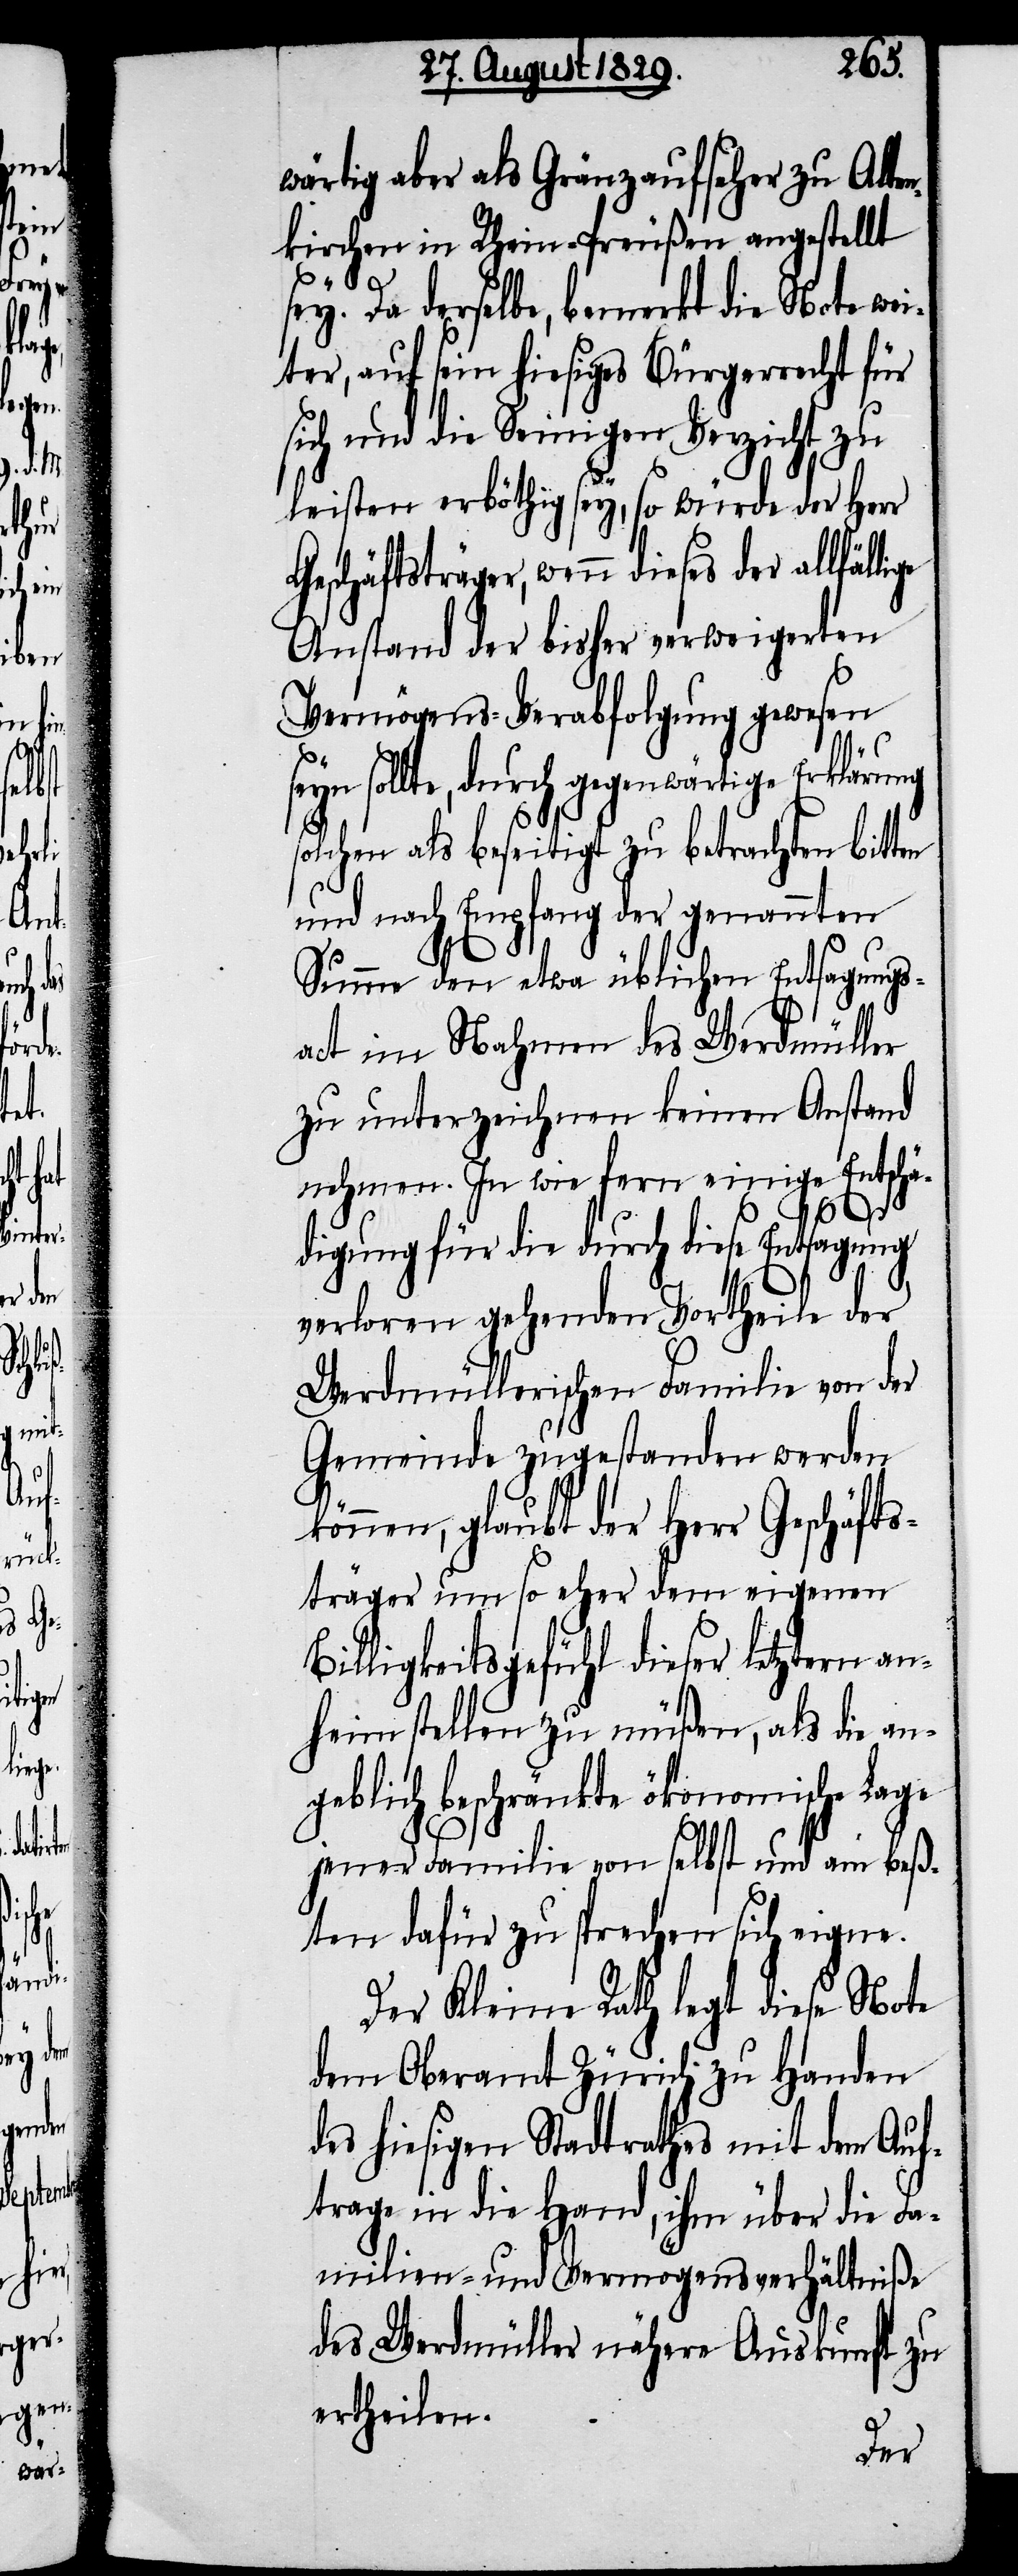
wärtig aber als Gränzaufseher zu Alten¬
krichen in Rhein-Preußen angestellt
sey. Da derselbe, bemerkt die Note wei¬
ter, auf sein hiesiges Bürgerrecht für
sich und die Seinigen Verzicht zu
leisten erböthig sey, so würde der Herr
Geschäftsträger, wenn dieses der allfälli¬
Anstand der bisher verweigerten
Vermögens-Verabfolgung gewesen
sollte, durch gegenwärtige Erkläru¬
solchen als beseitigt zu betrachten bitten
und nach Empfang der benannten
Summe den etwa üblichen Entsagungs¬
ng
act im Nahmen des Werdmüller
zu unterzeichnen keinen Anstand
nehmen. In wie fern einige Entschä¬
digung für die durch diese Entsagung
verloren gehenden Vortheile der
Werdmüllerischen Familie von der
Gemeinde zugestanden werden
können, glaubt der Herr Geschäfts¬
träger um so eher dem eigenen
Billigkeitsgefühl dieser letztern an¬
heim stellen zu müßen, als die an¬
geblich beschränkte ökonomische Lage
jener Familie von selbst und am beß¬
ten dafür zu sprechen sich eigne.
Der Kleine Rath legt diese Note
dem Oberamt Zürich zu Handen
des hiesigen Stadtrathes mit dem Auf¬
trage in die Hand, ihm über die Fa¬
milien- und Vermögensverhältniße
des Werdmüller nähere Auskunft zu
ertheilen.